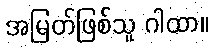
အမြတ်ဖြစ်သူ ဂါထာ။